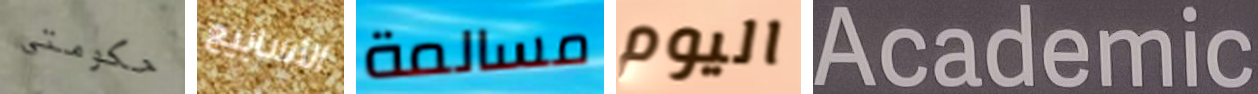
حكومتي الأسابيع مسالمة اليوم Academic